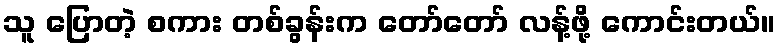
သူ ပြောတဲ့ စကား တစ်ခွန်းက တော်တော် လန့်ဖို့ ကောင်းတယ်။